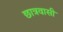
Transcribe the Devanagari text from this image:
छात्रवासी